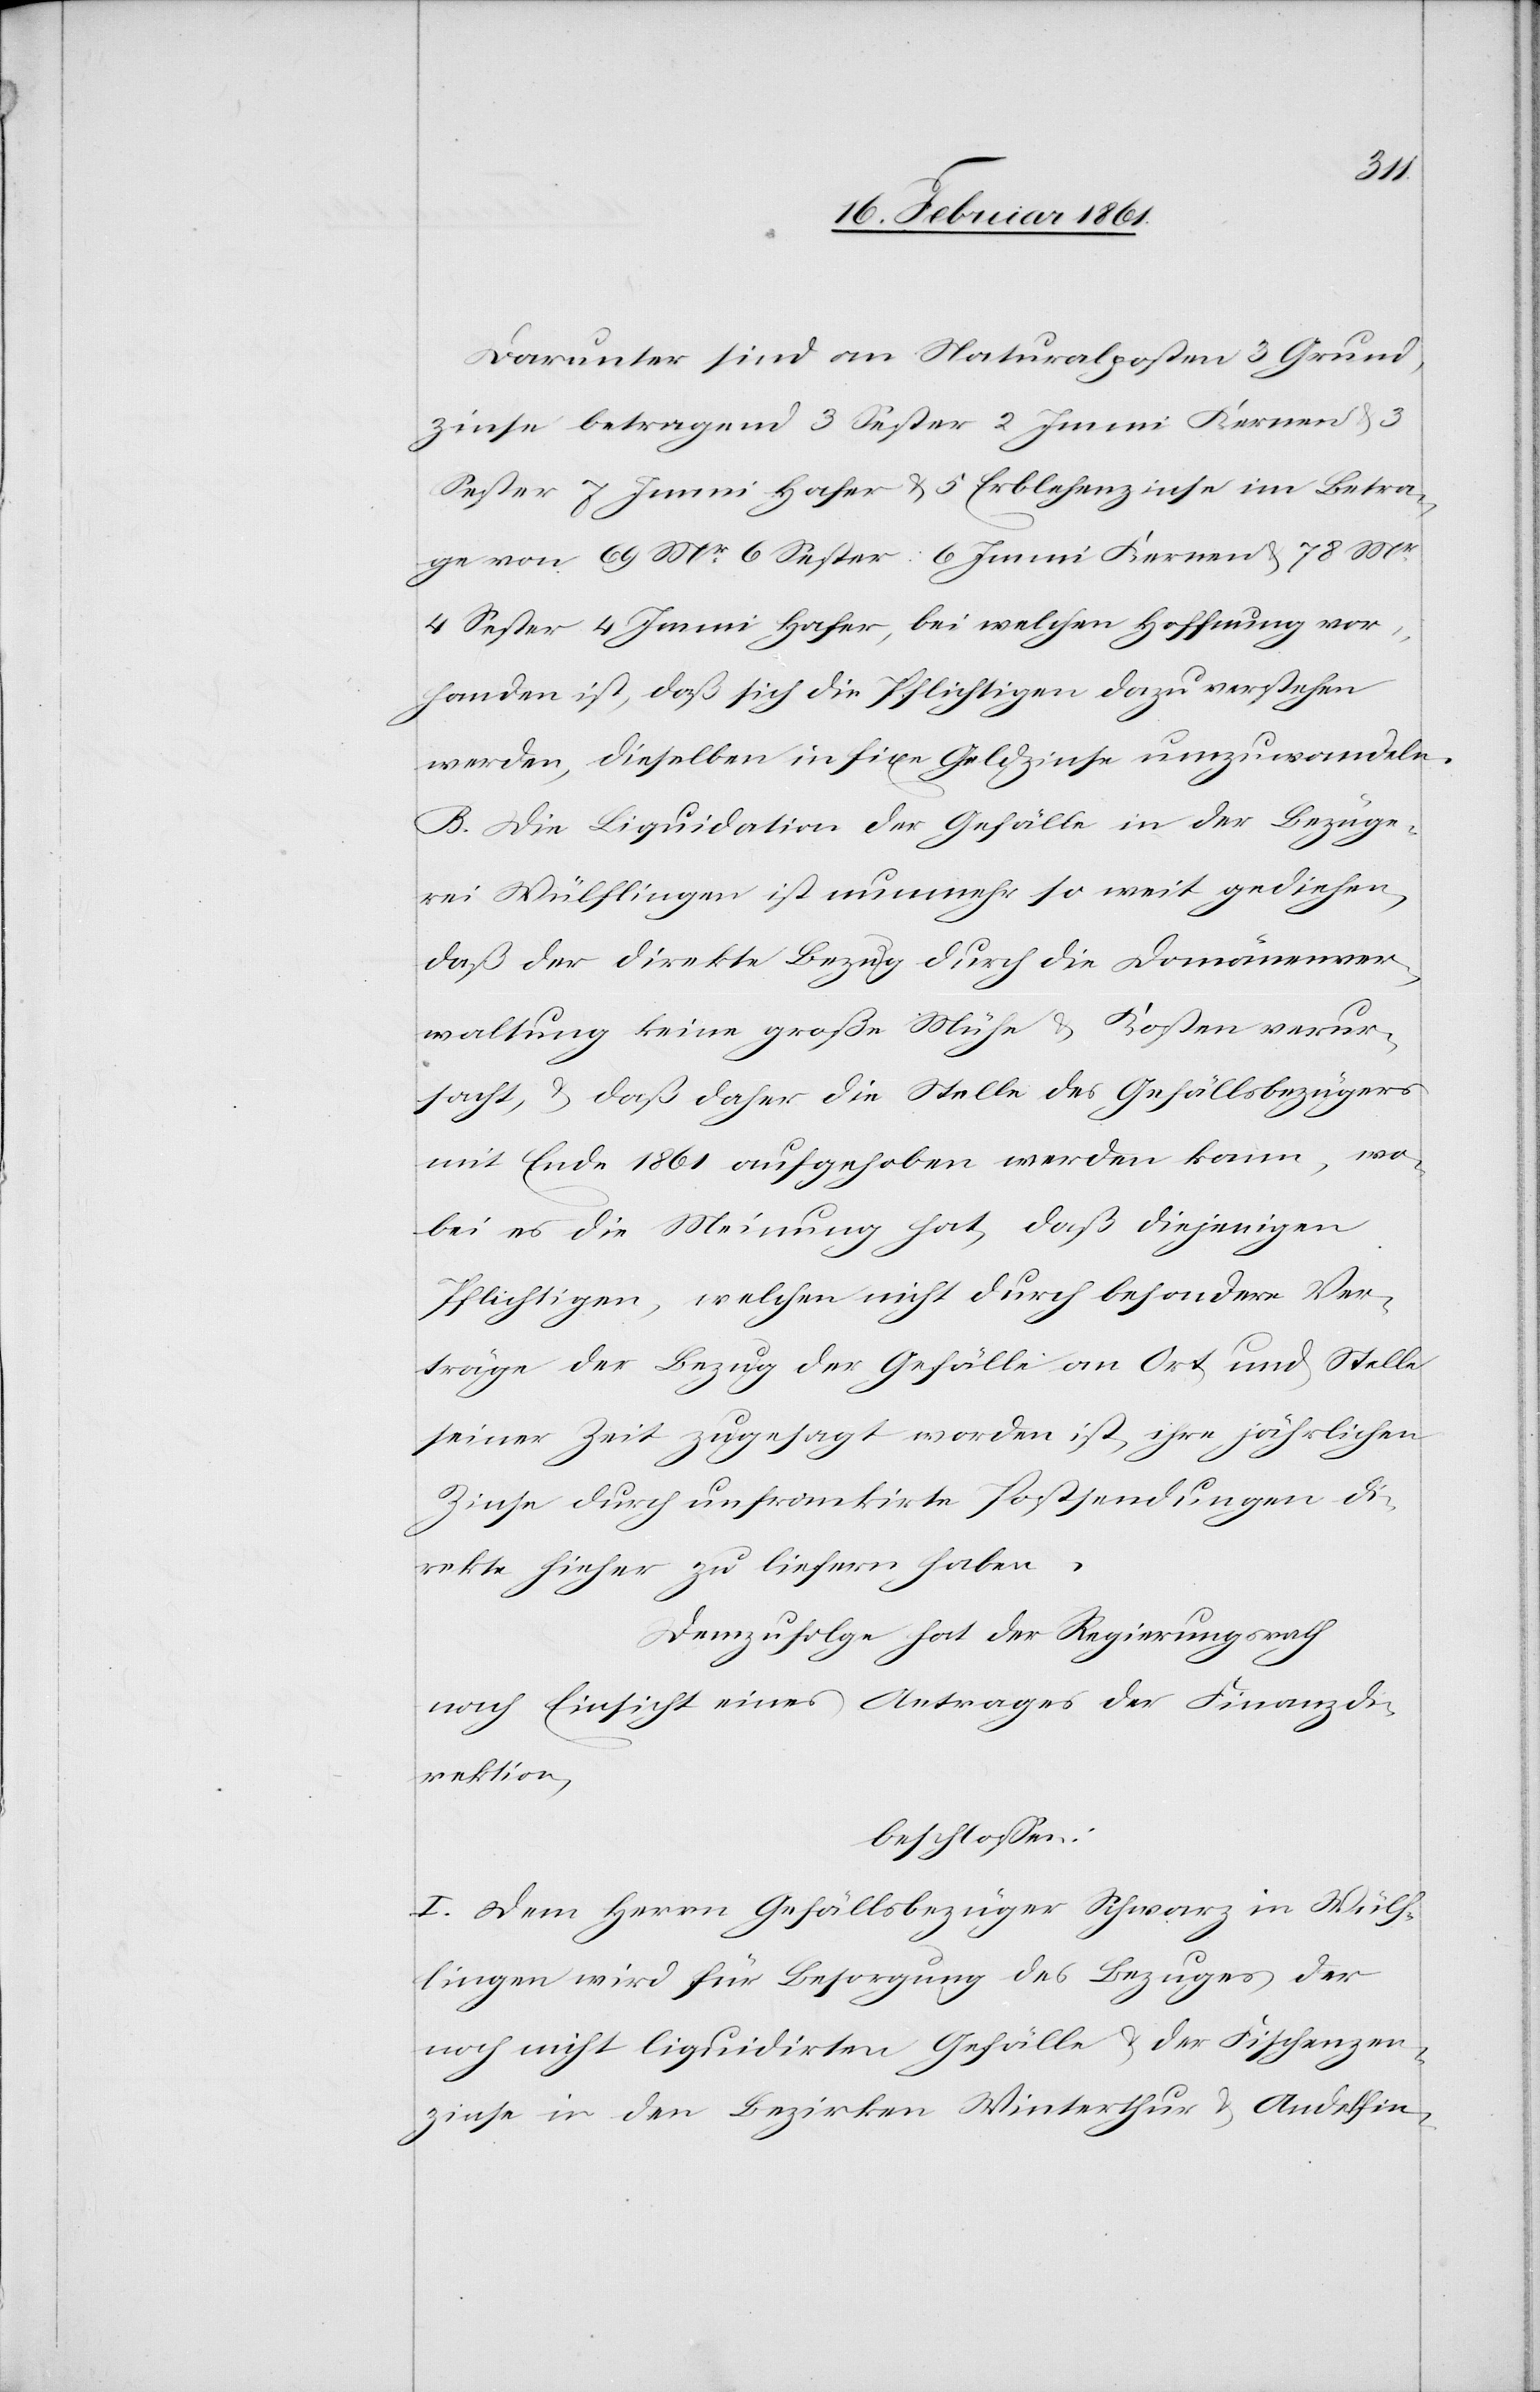
Darunter sind an Naturalposten 3 Grund¬
zinse betragend 3 Sester 2 Immi Kernen u.
Sester 7 Immi Hafer u. 5 Erblehenzinse im Betra¬
ge von 69 Mr 6 Sester 6 Immi Kernen u. 78 Mr
4 Sester 4 Immi Hafer, bei welchen Hoffnung vor¬
handen ist, daß sich die Pflichtigen dazu verstehen
werden, dieselben in fixe Geldzinse umzuwandeln.
B. Die Liquidation der Gefälle in der Bezüge¬
rei Wülflingen ist nunmehr so weit gediehen,
daß der direkte Bezug durch die Domänenver¬
waltung keine große Mühe u. Kosten verur¬
sacht, u. daß daher die Stelle des Gefällsbezügers
mit Ende 1861 aufgehoben werden kann, wo¬
bei es die Meinung hat, daß diejenigen
Pflichtigen, welchen nicht durch besondere Ver¬
träge der Bezug der Gefälle an Ort und Stelle
seiner Zeit zugesagt worden ist, ihre jährlichen
Zinse durch unfrankirte Postsendungen di¬
rekte hieher zu liefern haben.
Demzufolge hat der Regierungsrath
nach Einsicht eines Antrages der Finanzdi¬
rektion,
beschlossen.
I. Dem Herrn Gefällsbezüger Schwarz in Wülf¬
lingen wird für Besorgung des Bezuges der
noch nicht liquidirten Gefälle u. der Fischenzen¬
zinse in den Bezirken Winterthur u. Andelfin-